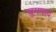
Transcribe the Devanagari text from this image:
युगपाद